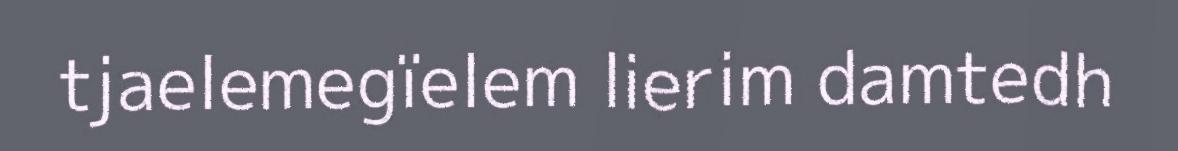
tjaelemegïelem lierim damtedh